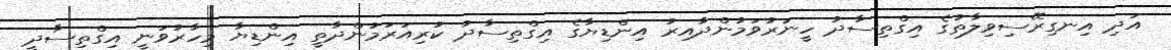
އަދި އިނގިރޭސިވިލާތުގެ އިގްތިސާދު ހީނަރުވަމުންދާއިރު އިންޑިޔާގެ އިގްތިސާދު ކުރިއަރަމުންދާތީ އިންޑިޔާ މިހާރުވަނީ އިގްތިސާދީ